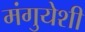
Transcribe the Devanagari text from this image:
मंगुयेशी